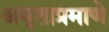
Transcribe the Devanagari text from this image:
अमृताप्रमाणे